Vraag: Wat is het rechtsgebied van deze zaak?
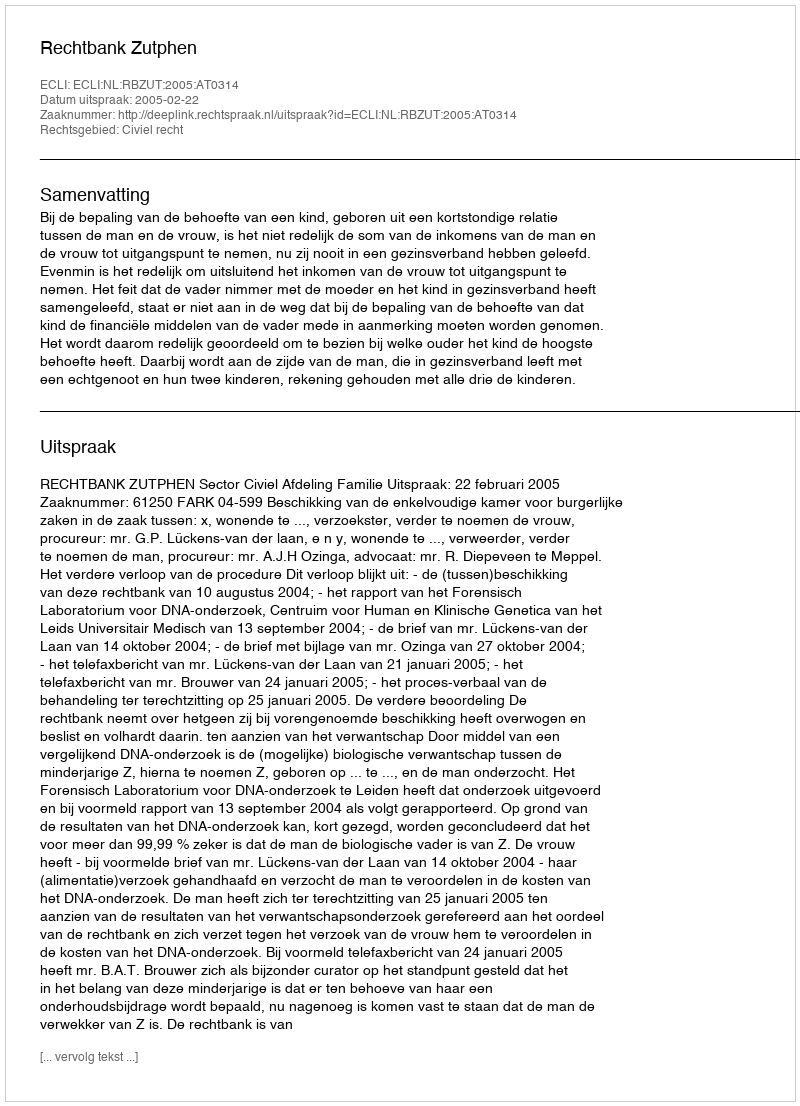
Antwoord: Civiel recht